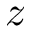
z